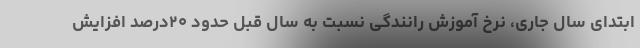
ابتدای سال جاری، نرخ آموزش رانندگی نسبت به سال قبل حدود ۲۰درصد افزایش